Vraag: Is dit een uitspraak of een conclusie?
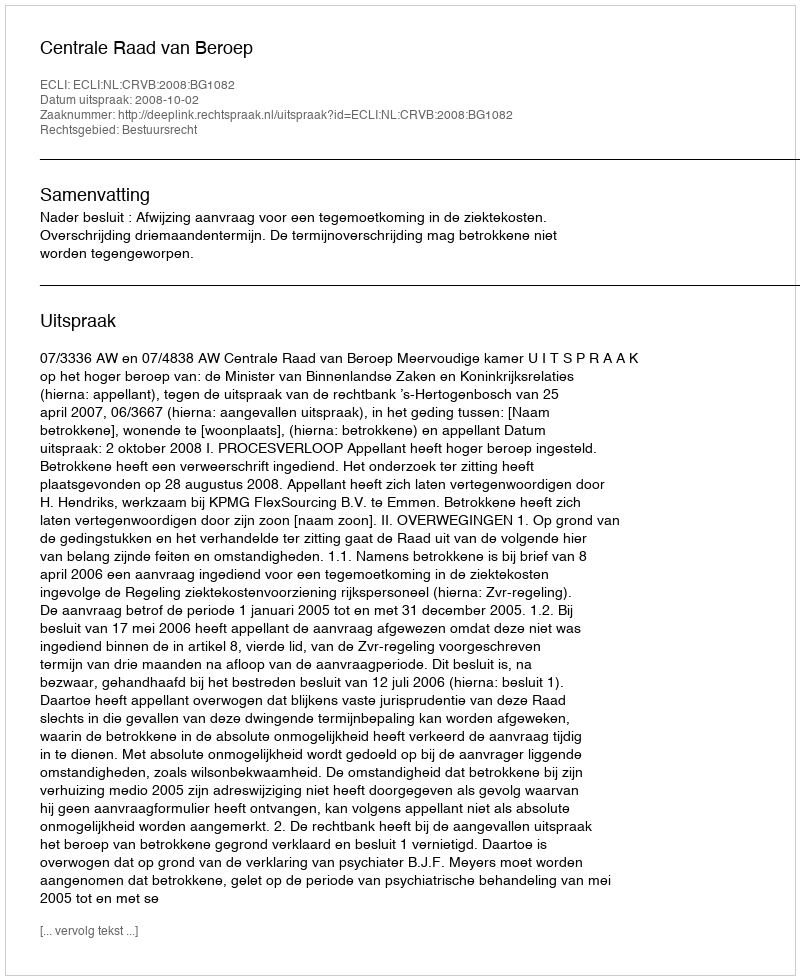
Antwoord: Uitspraak